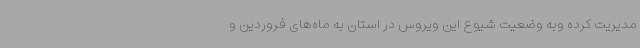
مدیریت کرده وبه وضعیت شیوع این ویروس در استان به ماه‌های فروردین و